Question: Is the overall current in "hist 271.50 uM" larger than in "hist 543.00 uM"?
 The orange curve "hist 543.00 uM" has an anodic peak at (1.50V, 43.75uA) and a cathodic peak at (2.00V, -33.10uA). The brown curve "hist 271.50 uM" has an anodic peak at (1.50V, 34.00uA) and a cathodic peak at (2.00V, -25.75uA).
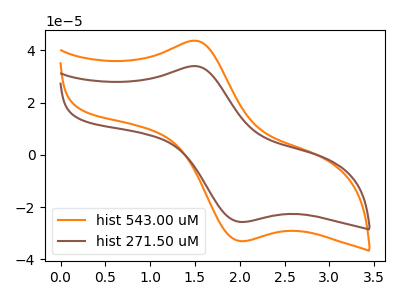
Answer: <think>All the peaks in "hist 271.50 uM" have a peak in "hist 543.00 uM" at the same potential. Every peak in "hist 271.50 uM" is lower than every peak in "hist 543.00 uM".
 </think>
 <answer>"hist 271.50 uM" has less signal than "hist 543.00 uM".</answer>
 <eval>less_signal</eval>